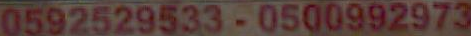
0592529533-0500992973